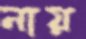
নায়